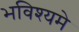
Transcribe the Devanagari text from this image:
भविश्यमे